Lock hospitals Punjab
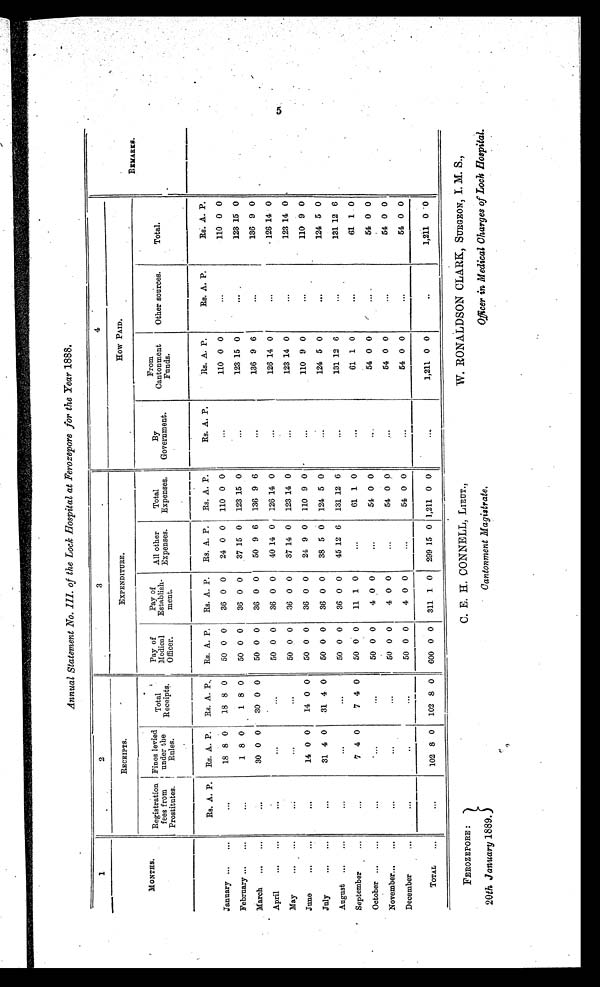
Annual Statement No. III. of the Lock Hospital at Ferozepore for the Year 1888,
1
2
3
4
REMARKS.
MONTHS.
RECEIPTS.
EXPENDITURE.
How PAID.
Registration
fees from
Prostitutes.
Fines levied
under the
Rules.
Total
Receipts.
Pay of
Medical
Officer.
Pay of
Establish-
ment.
All other
Expenses.
Total
Expenses.
By
Government.
From
Cantonment
Funds.
Other sources.
Total.
Rs. A. P. Rs. A. P.
Rs. A. P.
Rs. A. P.
Rs. A. P.
Rs. A. P.
Rs. A. P.
Rs. A. P.
Rs. A. P.
Rs. A. P.
Rs. A. P.
January ...
...
...
18 8 0
18 8 0
50 0 0
36 0 0
24 0 0 110 0 0
...
110 0 0
...
110 0 0
February ...
...
...
1 8 0
1 8 0
50 0 0
36 0 0
37 15 0 123 15 0
...
123 15 0
...
123 15 0
March ...
...
. . .
30 0 0
30 0 0
50 0 0
36 0 0
50 9 6 136 9 6
...
136 9 6
...
136 9 0
April
...
...
. . .
...
. . .
50 0 0
36 0 0
40 14 0 126 14 0
. . .
126 14 0
...
126 14 0
May
...
...
. . .
...
...
50 0 0
36 0 0
37 14 0 123 14 0
...
123 14 0
...
123 14 0
June
...
...
. . .
14 0 0
14 0 0
50 0 0
36 0 0
24 9 0 110 9 0
...
110 9 0
...
110 9 0
July
...
...
...
31 4 0
31 4 0
50 0 0
36 0 0
38 5 0 124 5 0
...
124 5 0
. . .
124 5 0
August ...
...
...
...
...
50 0 0
36 0 0
45 12 6 131 12 6
...
131 12 6
...
131 12 6
September
...
...
7 4 0
7 4 0
50 0 0
11 1 0
...
61 1 0
...
61 1 0
...
61 1.0
October ...
...
...
...
...
50 0 0
4 0 0
. . .
54 0 0
...
54 0 0
. . .
54 0 0
November...
...
...
...
...
50 0 0
4 0 0
...
54 0 0
...
54 0 0
...
54 0 0
December
...
...
...
...
50 0 0
4 0 0
...
54 0 0
...
54 0 0
...
54 0 0
TOTAL
...
. . .
102 8 0 102 8 0
600 0 0 311 1 0 299 15 0 1,211 0 0
. . .
1,211 0 0
. . .
1,211 0 0
FEROZEPORE :
20th January 1889.
C. E. H. CONNELL, LIEUT.,
Cantonment Magistrate,
W. RONALDSON CLARK, SURGEON, I. M. S.,
Officer in Medical Charges of Lock Hospital.